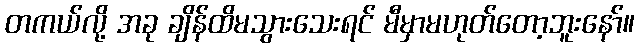
တကယ်လို့ အခု ချိန်ထိမသွားသေးရင် မီမှာမဟုတ်တော့ဘူးနော်။